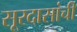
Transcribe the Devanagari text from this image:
सूरदासांची